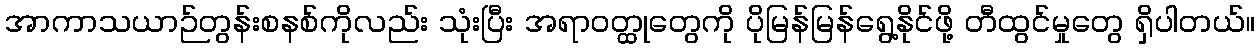
အာကာသယာဉ်တွန်းစနစ်ကိုလည်း သုံးပြီး အရာဝတ္ထုတွေကို ပိုမြန်မြန်ရွေ့နိုင်ဖို့ တီထွင်မှုတွေ ရှိပါတယ်။